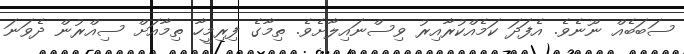
ސަބަބެއް ނޫނެވެ. އެފަދަ ކަމެއްކުރާއިރު ވިސްނައިލާށެވެ. ތިމާގެ ފިރިމީހާ ތިމާއަށް ސިއްރުން ދެވަނަ